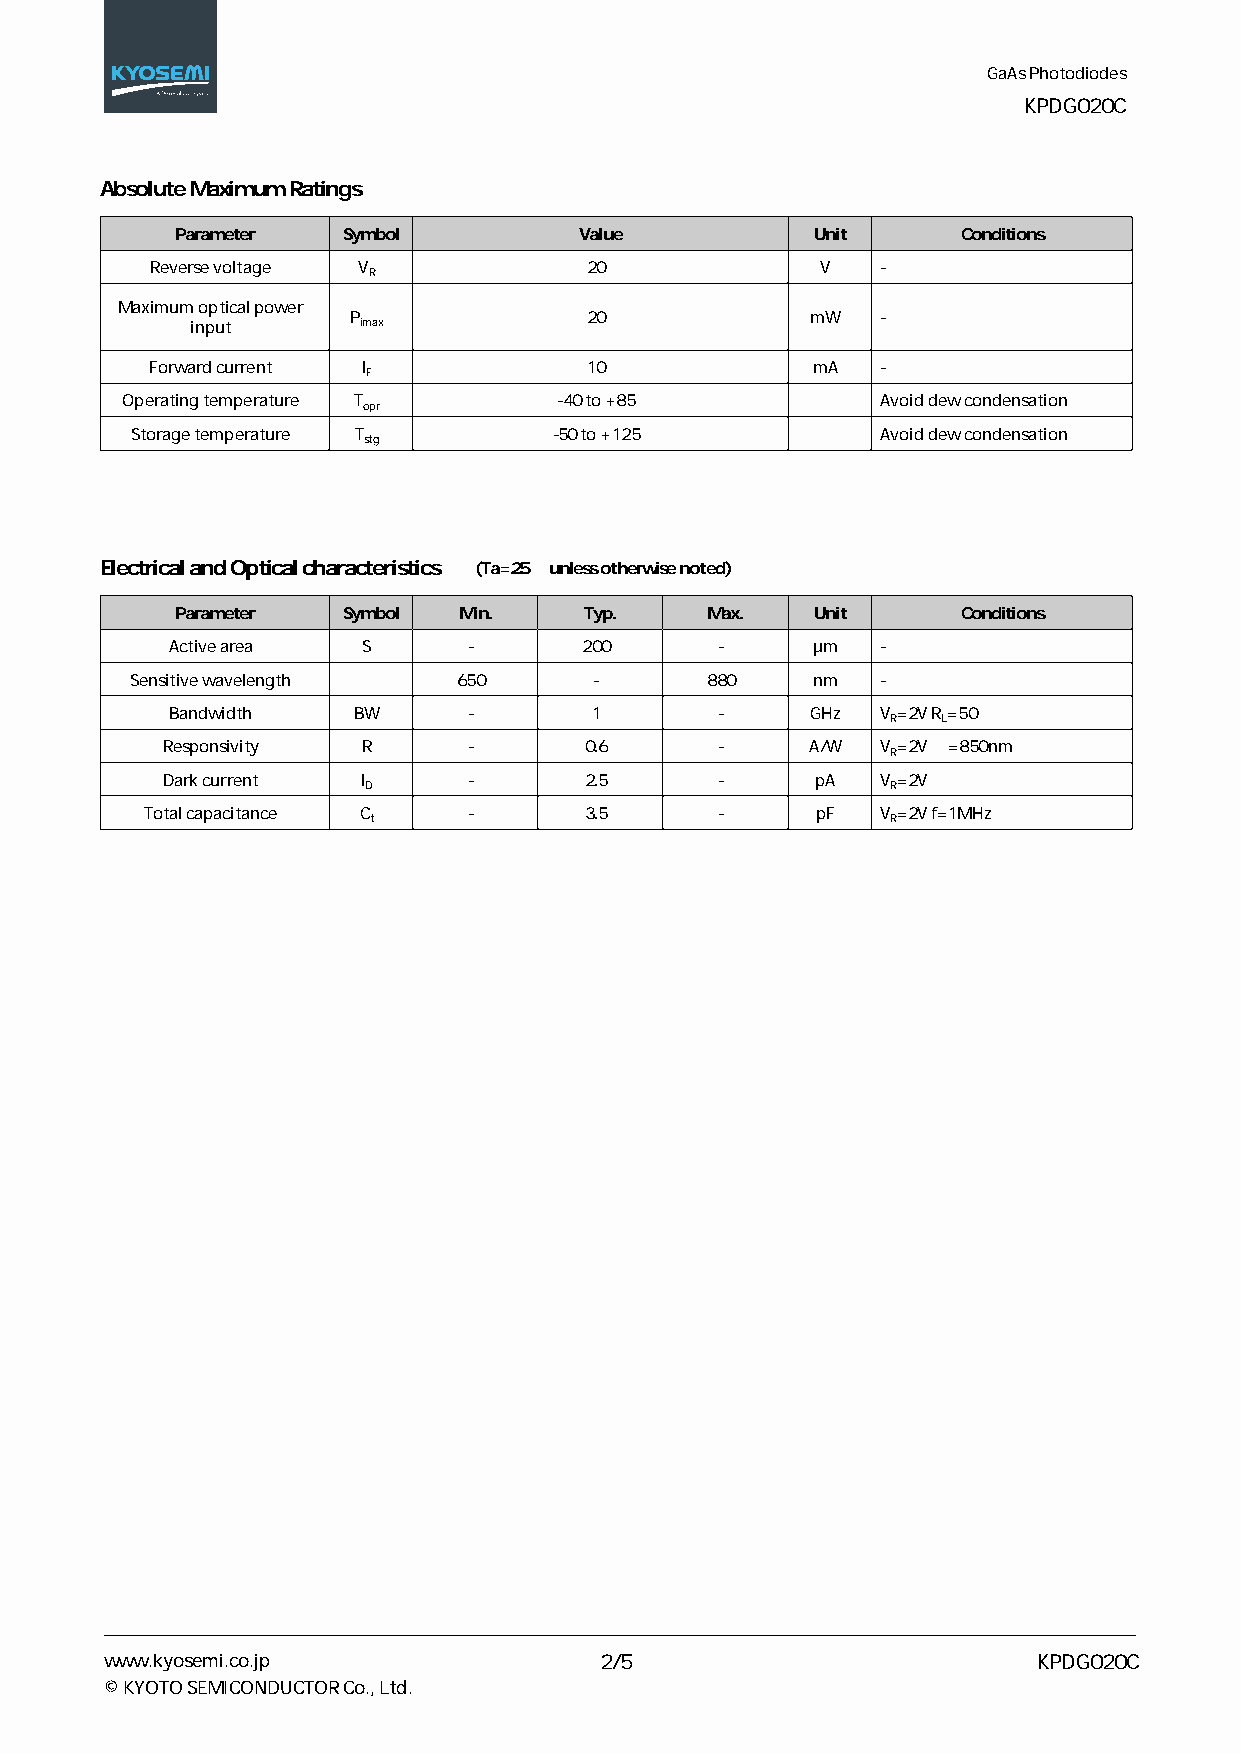
GaAs Photodiodes
 KPDG020C
 Absolute Maximum Ratings
 Parameter  Symbol         Value           Unit      Conditions
 Reverse voltage V            20             V   -
 R
 Maximum optical power
 P               20             mW  -
 input      imax
 Forward current I            10             mA  -
 F
 Operating temperature T      -40 to +85       ℃   Avoid dew condensation
 opr
 Storage temperature T       -50 to +125      ℃   Avoid dew condensation
 stg
 Electrical and Optical characteristics (Ta=25℃ unless otherwise noted)
 Parameter  Symbol Min.     Typ.    Max.   Unit      Conditions
 Active area  S      -       200      -     µm  -
 Sensitive wavelength λ 650    -       880    nm  -
 Bandwidth   BW      -       1        -     GHz V =2V R=50Ω
 R  L
 Responsivity R      -       0.6      -     A/W V =2V λ=850nm
 R
 Dark current I      -       2.5      -     pA  V =2V
 D                                  R
 Total capacitance C  -       3.5      -     pF  V =2V f=1MHz
 t                                  R
 www.kyosemi.co.jp                2/5                          KPDG020C
 © KYOTO SEMICONDUCTOR Co., Ltd.